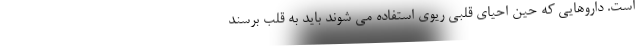
است. داروهایی که حین احیای قلبی ریوی استفاده می شوند باید به قلب برسند